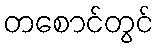
တစောင်တွင်